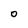
Character: 0